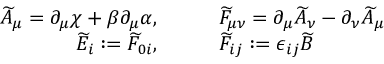
\begin{array} { r l } { \widetilde { A } _ { \mu } = \partial _ { \mu } \chi + \beta \partial _ { \mu } \alpha , } & { { } \qquad \widetilde { F } _ { \mu \nu } = \partial _ { \mu } \widetilde { A } _ { \nu } - \partial _ { \nu } \widetilde { A } _ { \mu } } \\ { \widetilde { E } _ { i } : = \widetilde { F } _ { 0 i } , } & { { } \qquad \widetilde { F } _ { i j } : = \epsilon _ { i j } \widetilde { B } } \end{array}